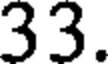
33.